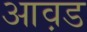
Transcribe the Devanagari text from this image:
आव़ड